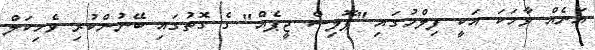
އަނެއް ވާހަކަ އަކީ ފިލްމުގައި "ޕޮލިސް ޖީޕެއް" ގެ ގޮތުގައި ބޭނުންކުރި ވެހިކަލް